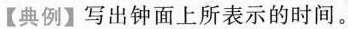
【典例】写出钟面上所表示的时间。